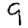
Digit: 9